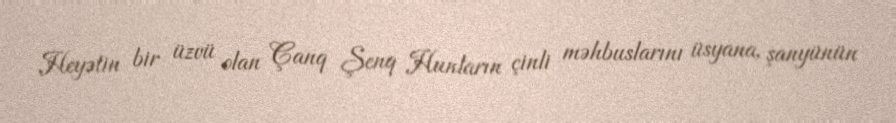
Heyətin bir üzvü olan Çanq Şenq Hunların çinli məhbuslarını üsyana, şanyünün